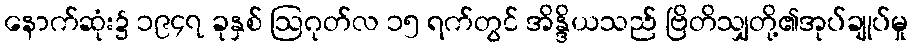
နောက်ဆုံး၌ ၁၉၄၇ ခုနှစ် ဩဂုတ်လ ၁၅ ရက်တွင် အိန္ဒိယသည် ဗြိတိသျှတို့၏အုပ်ချုပ်မှု